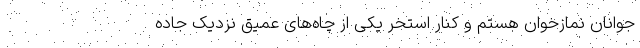
جوانان نماز‌خوان هستم و کنار استخر یکی از چاه‌های عمیق نزدیک جاده